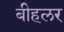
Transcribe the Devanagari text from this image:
बीहलर